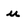
Character: u